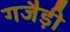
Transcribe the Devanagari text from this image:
गजैड़ी